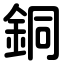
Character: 銅